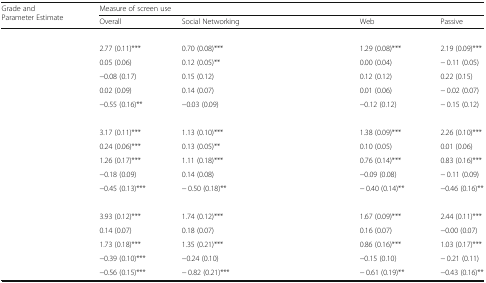
<table><thead><tr><td rowspan="2"><b>Grade and Parameter Estimate</b></td><td colspan="5"><b>Measure of screen use</b></td></tr><tr><td><b>Overall</b></td><td><b>Social Networking</b></td><td>[EMPTY_CELL]</td><td><b>Web</b></td><td><b>Passive</b></td></tr></thead><tbody><tr><td colspan="6">[EMPTY_CELL]</td></tr><tr><td>[EMPTY_CELL]</td><td>2.77 (0.11)***</td><td>0.70 (0.08)***</td><td>[EMPTY_CELL]</td><td>1.29 (0.08)***</td><td>2.19 (0.09)***</td></tr><tr><td>[EMPTY_CELL]</td><td>0.05 (0.06)</td><td>0.12 (0.05)**</td><td>[EMPTY_CELL]</td><td>0.00 (0.04)</td><td>− 0.11 (0.05)</td></tr><tr><td>[EMPTY_CELL]</td><td>−0.08 (0.17)</td><td>0.15 (0.12)</td><td>[EMPTY_CELL]</td><td>0.12 (0.12)</td><td>0.22 (0.15)</td></tr><tr><td>[EMPTY_CELL]</td><td>0.02 (0.09)</td><td>0.14 (0.07)</td><td>[EMPTY_CELL]</td><td>0.01 (0.06)</td><td>− 0.02 (0.07)</td></tr><tr><td>[EMPTY_CELL]</td><td>−0.55 (0.16)**</td><td>−0.03 (0.09)</td><td>[EMPTY_CELL]</td><td>−0.12 (0.12)</td><td>− 0.15 (0.12)</td></tr><tr><td colspan="6">[EMPTY_CELL]</td></tr><tr><td>[EMPTY_CELL]</td><td>3.17 (0.11)***</td><td>1.13 (0.10)***</td><td>[EMPTY_CELL]</td><td>1.38 (0.09)***</td><td>2.26 (0.10)***</td></tr><tr><td>[EMPTY_CELL]</td><td>0.24 (0.06)***</td><td>0.13 (0.05)**</td><td>[EMPTY_CELL]</td><td>0.10 (0.05)</td><td>0.01 (0.06)</td></tr><tr><td>[EMPTY_CELL]</td><td>1.26 (0.17)***</td><td>1.11 (0.18)***</td><td>[EMPTY_CELL]</td><td>0.76 (0.14)***</td><td>0.83 (0.16)***</td></tr><tr><td>[EMPTY_CELL]</td><td>−0.18 (0.09)</td><td>0.14 (0.08)</td><td>[EMPTY_CELL]</td><td>−0.09 (0.08)</td><td>− 0.11 (0.09)</td></tr><tr><td>[EMPTY_CELL]</td><td>−0.45 (0.13)***</td><td>− 0.50 (0.18)**</td><td>[EMPTY_CELL]</td><td>− 0.40 (0.14)**</td><td>−0.46 (0.16)**</td></tr><tr><td colspan="6">[EMPTY_CELL]</td></tr><tr><td>[EMPTY_CELL]</td><td>3.93 (0.12)***</td><td>1.74 (0.12)***</td><td>[EMPTY_CELL]</td><td>1.67 (0.09)***</td><td>2.44 (0.11)***</td></tr><tr><td>[EMPTY_CELL]</td><td>0.14 (0.07)</td><td>0.18 (0.07)</td><td>[EMPTY_CELL]</td><td>0.16 (0.07)</td><td>−0.00 (0.07)</td></tr><tr><td>[EMPTY_CELL]</td><td>1.73 (0.18)***</td><td>1.35 (0.21)***</td><td>[EMPTY_CELL]</td><td>0.86 (0.16)***</td><td>1.03 (0.17)***</td></tr><tr><td>[EMPTY_CELL]</td><td>−0.39 (0.10)***</td><td>−0.24 (0.10)</td><td>[EMPTY_CELL]</td><td>−0.15 (0.10)</td><td>− 0.21 (0.11)</td></tr><tr><td>[EMPTY_CELL]</td><td>−0.56 (0.15)***</td><td>− 0.82 (0.21)***</td><td>[EMPTY_CELL]</td><td>− 0.61 (0.19)**</td><td>−0.43 (0.16)**</td></tr></tbody></table>